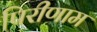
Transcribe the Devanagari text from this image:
पिरीणाम